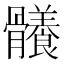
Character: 𩪴